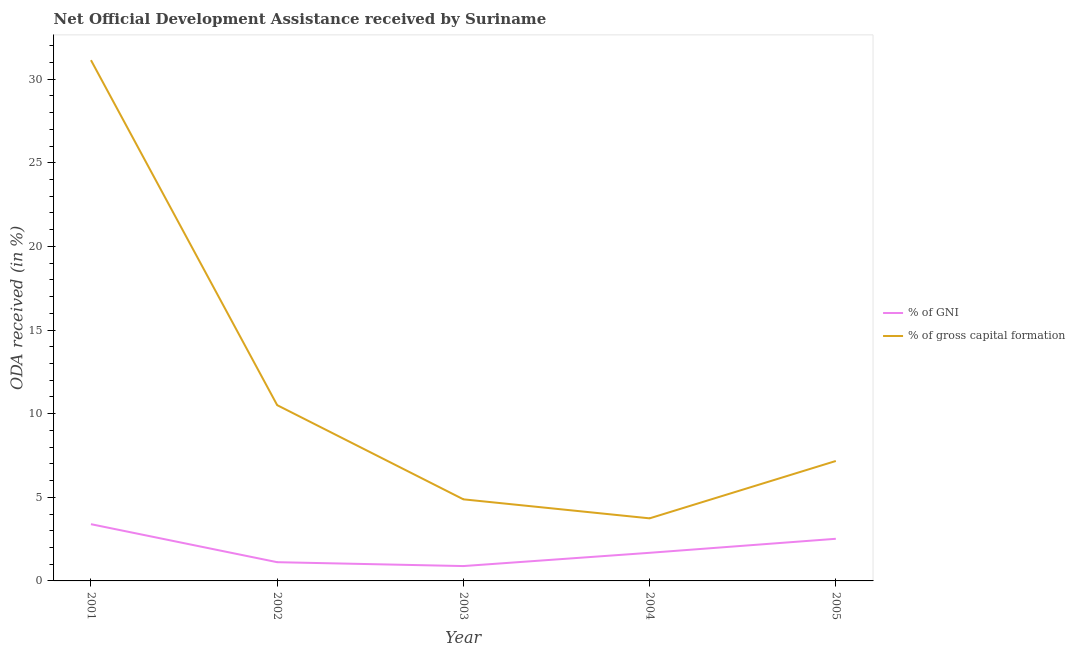
| Year | % of GNI | % of gross capital formation |
 | --- | --- | --- |
 | 2001 | 3.39 | 31.1 |
 | 2002 | 1.12 | 10.5 |
 | 2003 | 0.888 | 4.88 |
 | 2004 | 1.68 | 3.74 |
 | 2005 | 2.52 | 7.17 |